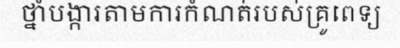
ថ្នាំបង្ការតាមការកំណត់របស់គ្រូពេទ្យ